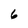
Character: 6